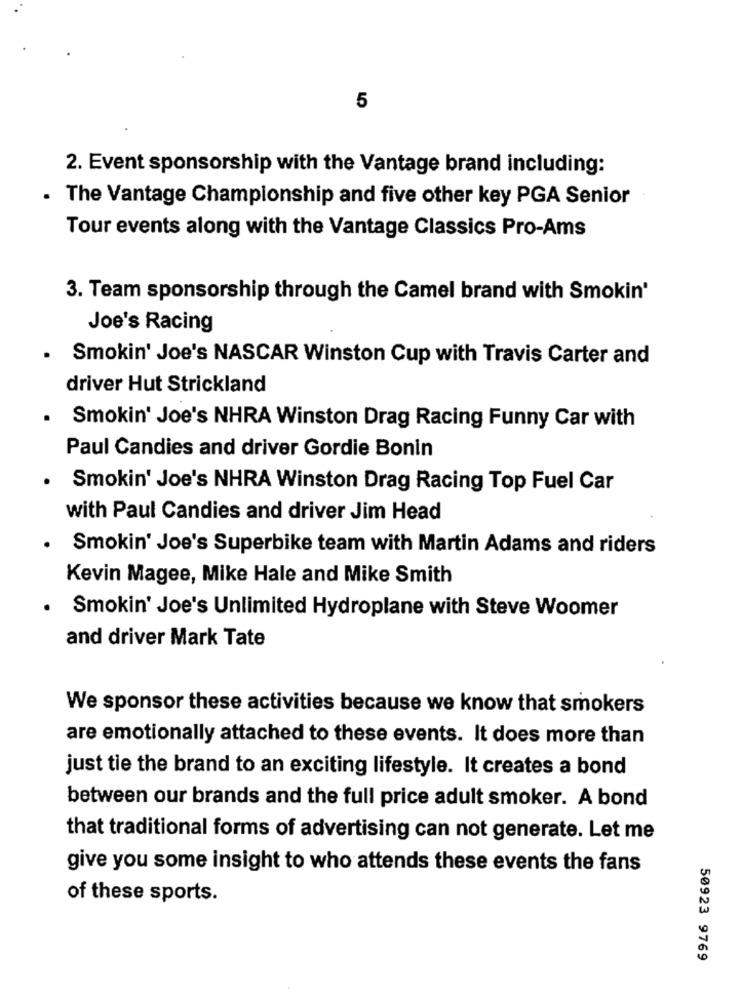
5
2. Event sponsorship with the Vantage brand including:
The Vantage Championship and five other key PGA Senior
Tour events along with the Vantage Classics Pro-Ams
3. Team sponsorship through the Camel brand with Smokin'
Joe's Racing
Smokin' Joe's NASCAR Winston Cup with Travis Carter and
driver Hut Strickland
Smokin' Joe's NHRA Winston Drag Racing Funny Car with
Paul Candies and driver Gordie Bonin
Smokin' Joe's NHRA Winston Drag Racing Top Fuel Car
with Paul Candies and driver Jim Head
Smokin' Joe's Superbike team with Martin Adams and riders
Kevin Magee, Mike Hale and Mike Smith
Smokin' Joe's Unlimited Hydroplane with Steve Woomer
and driver Mark Tate
We sponsor these activities because we know that smokers
are emotionally attached to these events. It does more than
just tie the brand to an exciting lifestyle. It creates a bond
between our brands and the full price adult smoker. A bond
that traditional forms of advertising can not generate. Let me
give you some insight to who attends these events the fans
of these sports.
50923 9769